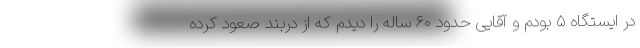
در ایستگاه ۵ بودم و آقایی حدود ۶۰ ساله را دیدم که از دربند صعود کرده